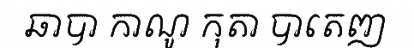
ឆាបា កាណូ កុតា បាតេញ